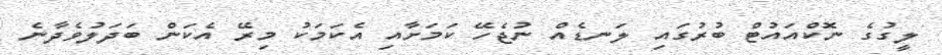
ލީގުގެ ނޮކްއައުޓް ބުރުގައި ލަނޑެއް ނުޖެހޭ ކަމަށާއި އެކަމަކު މިރޭ އެކަން ބަދަލުވެދާނެ